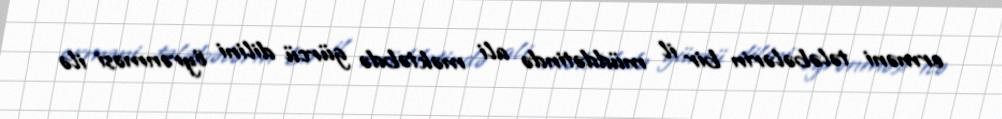
erməni tələbələrin bir il müddətində ali məktəbdə gürcü dilini öyrənməsi ilə